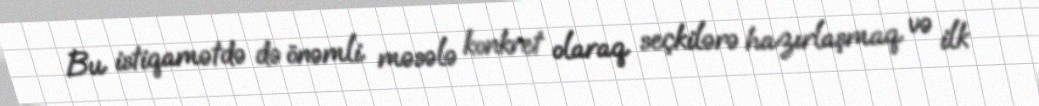
Bu istiqamətdə də önəmli məsələ konkret olaraq seçkilərə hazırlaşmaq və ilk